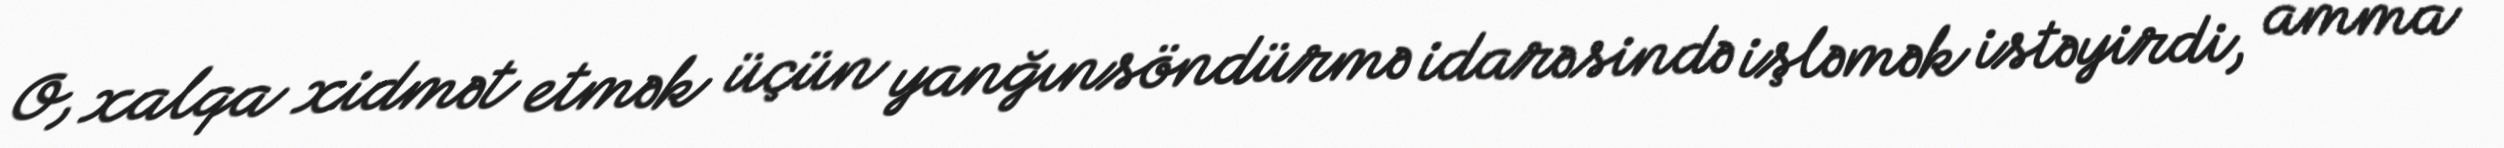
O, xalqa xidmət etmək üçün yanğınsöndürmə idarəsində işləmək istəyirdi, amma